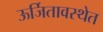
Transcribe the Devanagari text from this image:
ऊर्जितावस्थेत